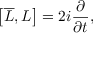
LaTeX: \left[ { \overline { { L } } } , L \right] = 2 i { \frac { \partial } { \partial t } } ,